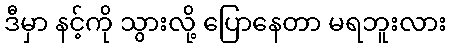
ဒီမှာ နင့်ကို သွားလို့ ပြောနေတာ မရဘူးလား